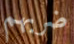
ضربهم